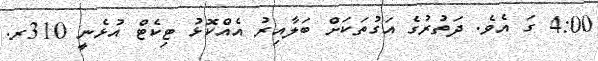
4:00 ގަ އެވެ. ދަތުރުގެ އަގުތަކަށް ބަލާއިރު އެއްކޮޅު ޓިކެޓް އުޅެނީ 310ރ.